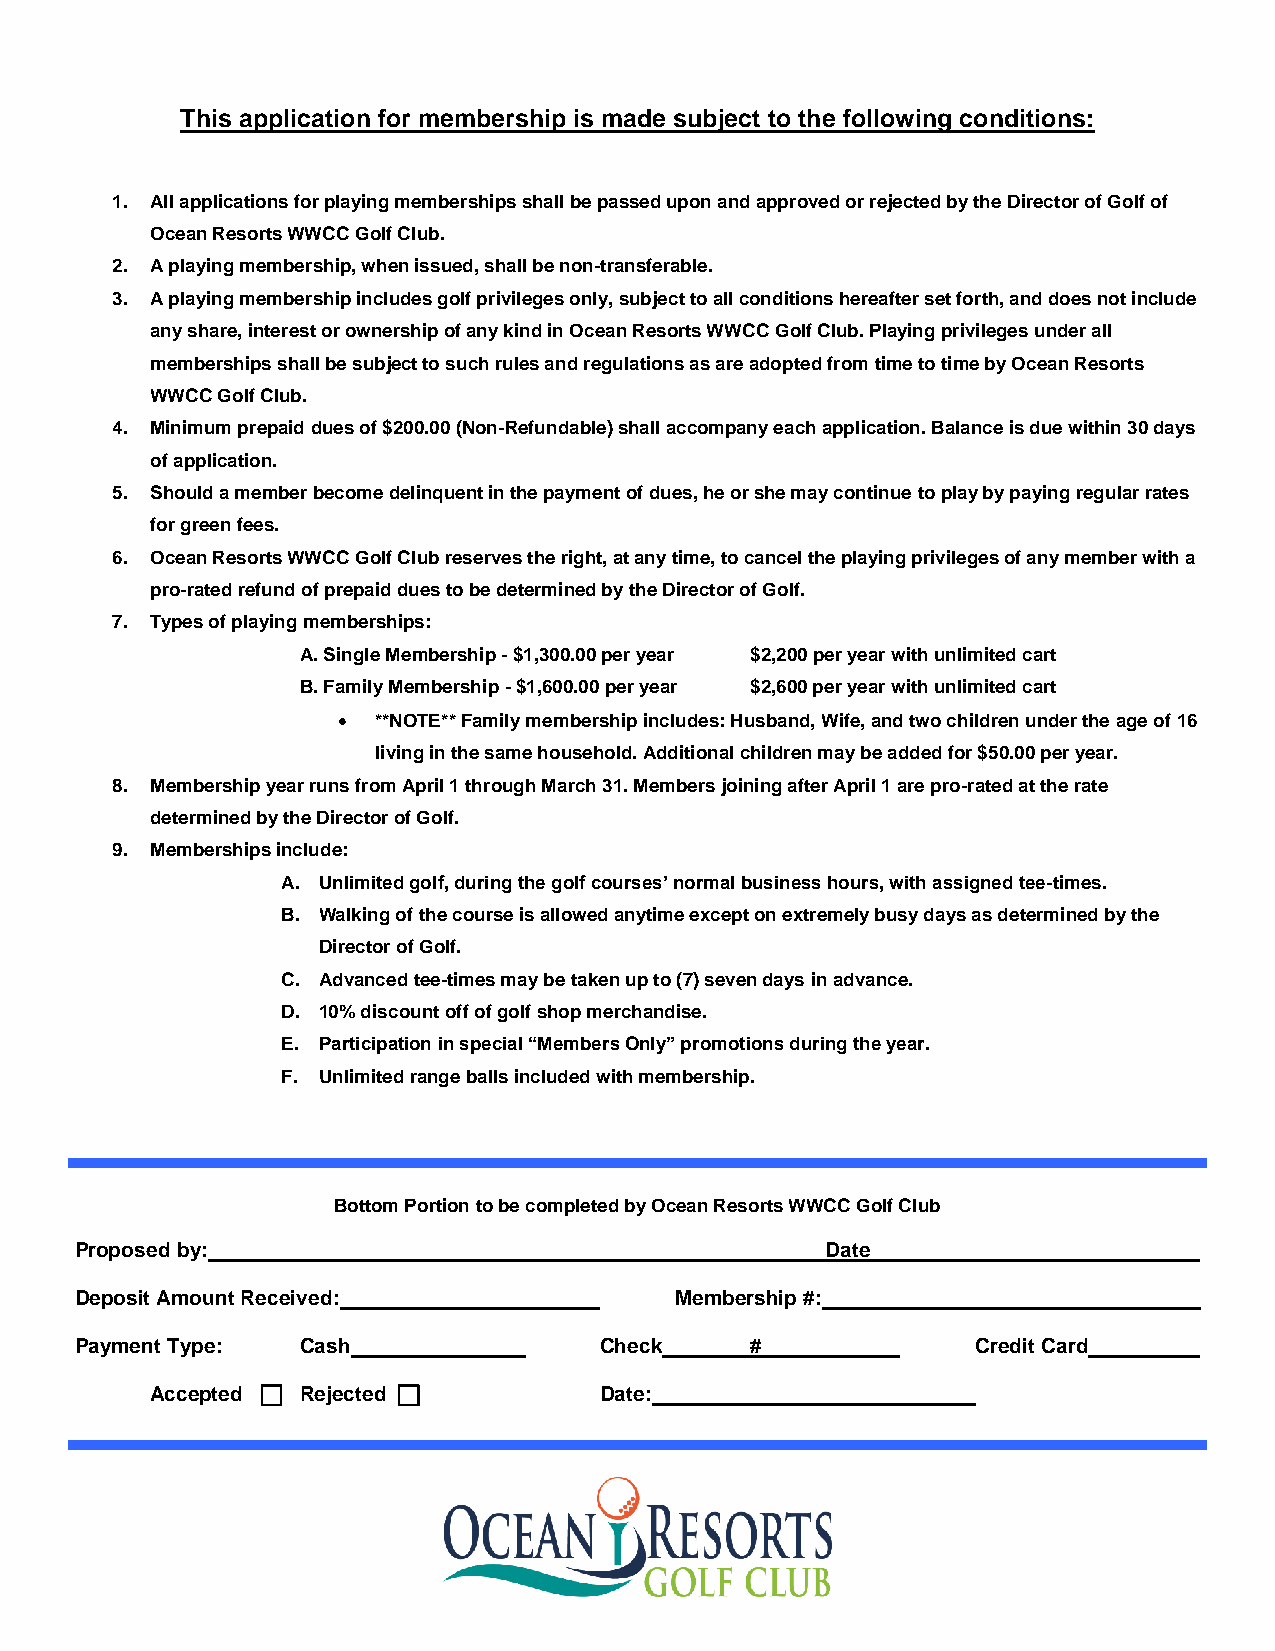
This application for membership is made subject to the following conditions:
 1. All applications for playing memberships shall be passed upon and approved or rejected by the Director of Golf of
 Ocean Resorts WWCC Golf Club.
 2. A playing membership, when issued, shall be non-transferable.
 3. A playing membership includes golf privileges only, subject to all conditions hereafter set forth, and does not include
 any share, interest or ownership of any kind in Ocean Resorts WWCC Golf Club. Playing privileges under all
 memberships shall be subject to such rules and regulations as are adopted from time to time by Ocean Resorts
 WWCC Golf Club.
 4. Minimum prepaid dues of $200.00 (Non-Refundable) shall accompany each application. Balance is due within 30 days
 of application.
 5. Should a member become delinquent in the payment of dues, he or she may continue to play by paying regular rates
 for green fees.
 6. Ocean Resorts WWCC Golf Club reserves the right, at any time, to cancel the playing privileges of any member with a
 pro-rated refund of prepaid dues to be determined by the Director of Golf.
 7. Types of playing memberships:
 A. Single Membership - $1,300.00 per year $2,200 per year with unlimited cart
 B. Family Membership - $1,600.00 per year $2,600 per year with unlimited cart
 •  **NOTE** Family membership includes: Husband, Wife, and two children under the age of 16
 living in the same household. Additional children may be added for $50.00 per year.
 8. Membership year runs from April 1 through March 31. Members joining after April 1 are pro-rated at the rate
 determined by the Director of Golf.
 9. Memberships include:
 A. Unlimited golf, during the golf courses’ normal business hours, with assigned tee-times.
 B. Walking of the course is allowed anytime except on extremely busy days as determined by the
 Director of Golf.
 C. Advanced tee-times may be taken up to (7) seven days in advance.
 D. 10% discount off of golf shop merchandise.
 E. Participation in special “Members Only” promotions during the year.
 F. Unlimited range balls included with membership.
 Bottom Portion to be completed by Ocean Resorts WWCC Golf Club
 Proposed by:                                      Date
 Deposit Amount Received:                Membership #:
 Payment Type:  Cash                Check     #              Credit Card
 Accepted  Rejected          Date: